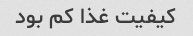
کیفیت غذا کم بود